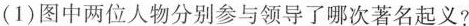
(1)图中两位人物分别参与领导了哪次著名起义?